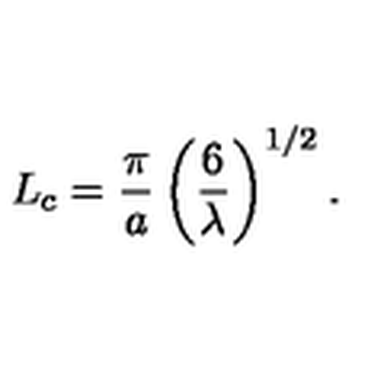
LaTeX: L _ { c } = \frac { \pi } { a } \left( \frac { 6 } { \lambda } \right) ^ { 1 / 2 } .